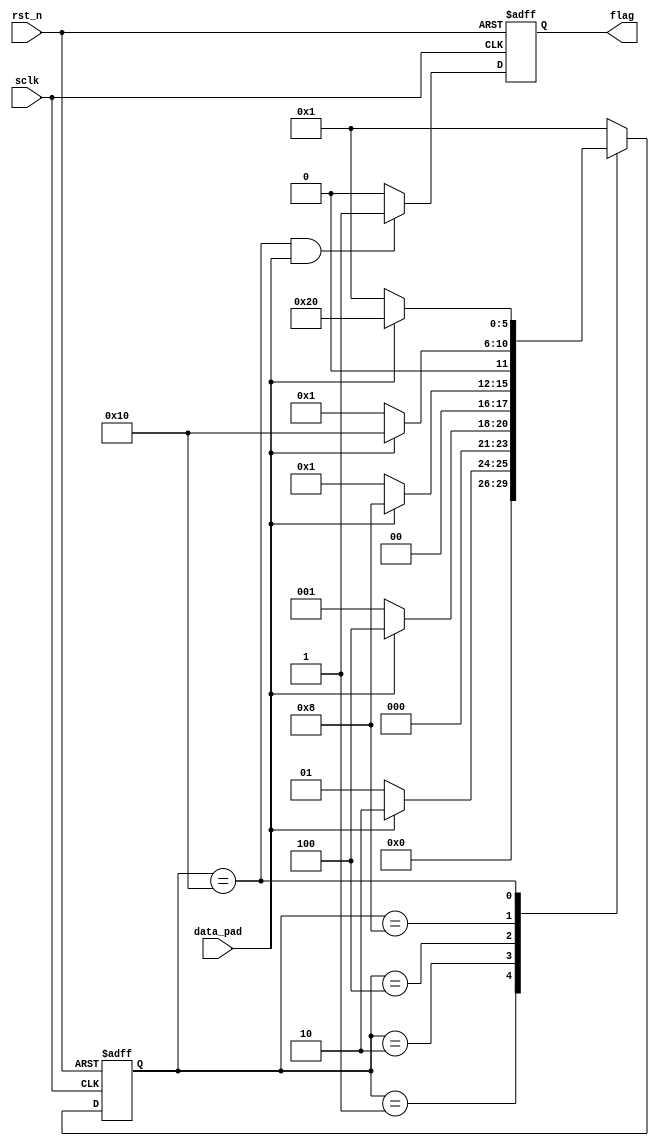
module pad_test(
		input wire		sclk,
		input wire		rst_n,
		input wire		data_pad,
		output reg		flag
);

parameter S1 = 6'b00_0001;
parameter S2 = 6'b00_0010;
parameter S3 = 6'b00_0100;
parameter S4 = 6'b00_1000;
parameter S5 = 6'b01_0000;
parameter S6 = 6'b10_0000;

reg [5:0]	state;

always @(posedge sclk or negedge rst_n)
		if(rst_n == 1'b0)
				state <= S1;
		else
			case(state)
				S1: if(data_pad == 1)
							state <= S2;
					 else
							state <= S1;
				S2: if(data_pad == 1)
							state <= S3;
					 else
							state <= S1;
				S3: if(data_pad == 1)
							state <= S4;
					 else
							state <= S1;
				S4: if(data_pad == 1)
							state <= S5;
					 else
							state <= S1;
				S5: if(data_pad == 1)
							state <= S6;
					 else
							state <= S1;
				S6: state <= S1;
				default: state <= S1;
			endcase
			
always @(posedge sclk or negedge rst_n)
		if(rst_n == 1'b0)
				flag <= 1'b0;
		else if(state == S5 && data_pad == 1'b1)
				flag <= 1'b1;
		else
				flag <= 1'b0;

endmodule